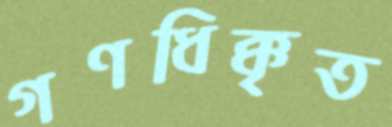
গণধিক্কৃত